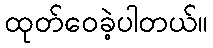
ထုတ်ဝေခဲ့ပါတယ်။